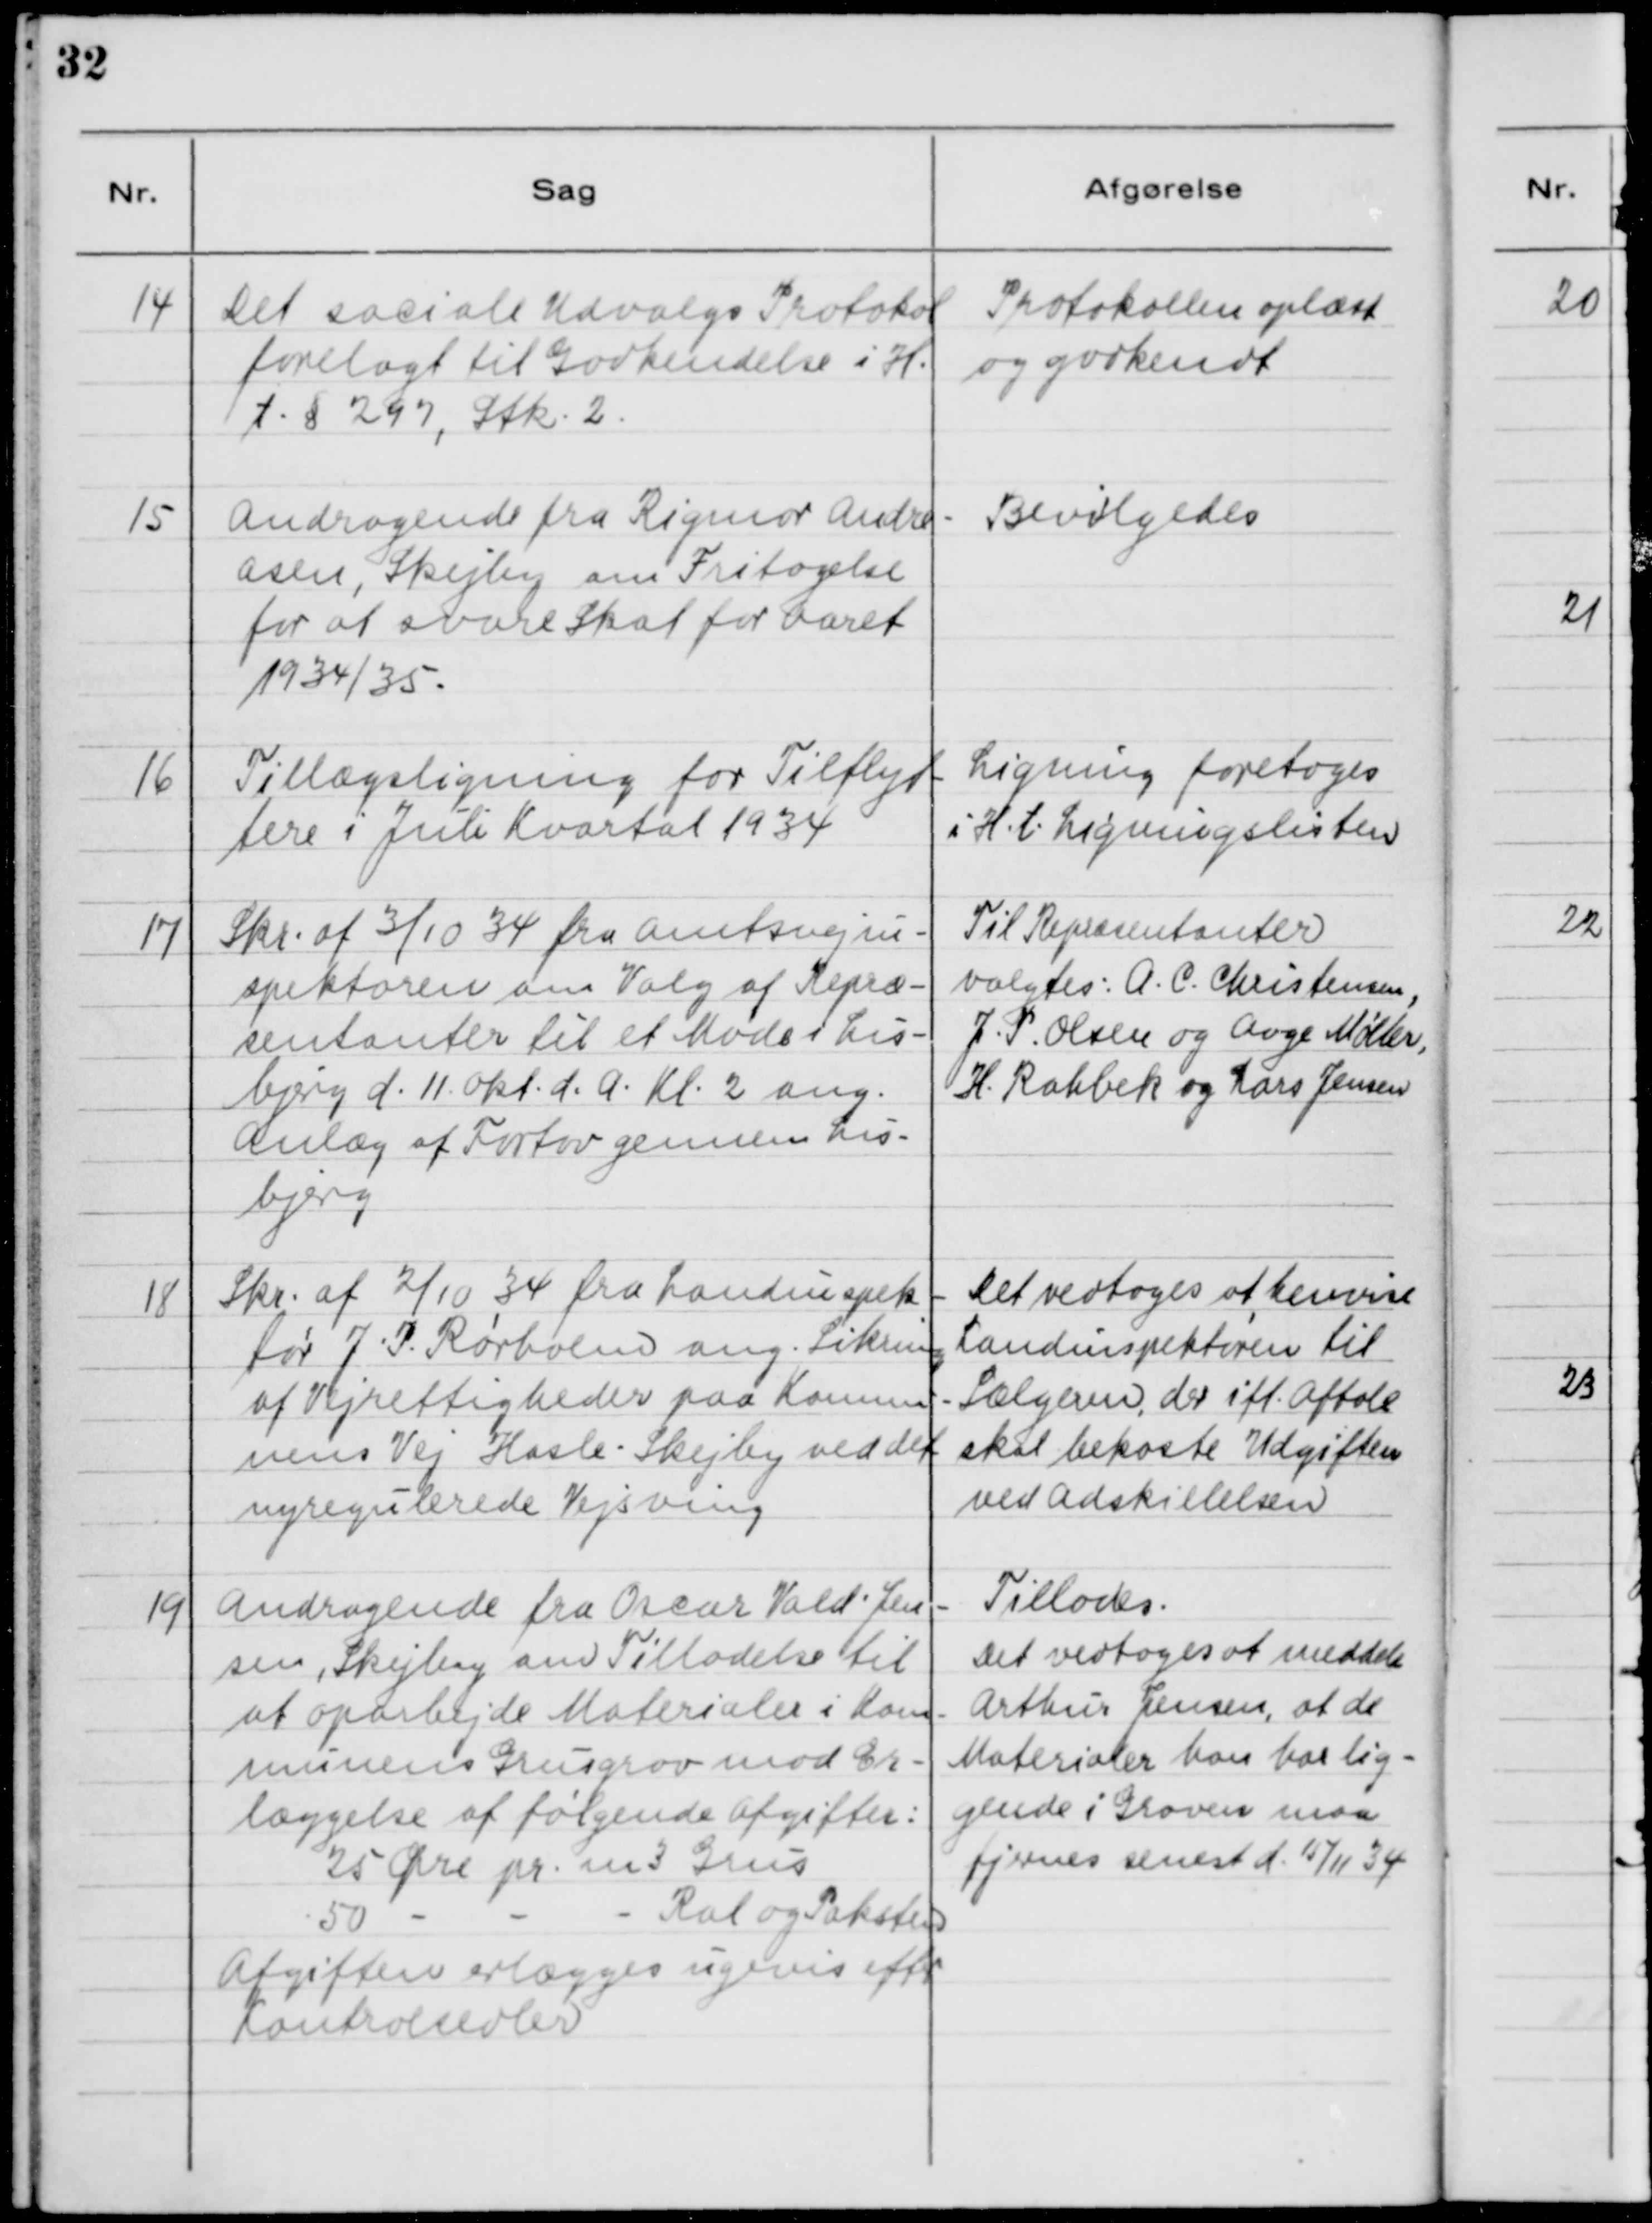
Transskription:
14

Det sociale Udvalgs Protokol
forelagt til Godkendelse i h.
t. § 297, Stk. 2.

Protokollen oplæst
og godkendt

15

Andragende fra Rigmor Andre-
asen, Skejby om Fritagelse
for at svare Skat for Aaret
1934/35.

Bevilgedes

16

Tillægsligning for Tilflyt-
tere i Juli Kvartal 1934

Ligning foretages
i H.t. Ligningslisten

17

Skr. af 3/10 34 fra Amtsvejin-
spektorerne om Valg af Repræ-
sentanter til et Møde i Lis-
bjerg d. 11. Okt. d.A. Kl. 2 ang.
Anlæg af Fortov gennem Lis-
bjerg.

Til Repræsentanter
valgtes: A. C. Christensen,
J. P. Olsen og Aage Møller,
H. Rahbek og Lars Jensen

18

Skr. af 2/10 34 fra Landinspek-
tør J. P. Rørholm ang. Sikring
af Vejrettigheder paa Kommu-
nens Vej Hasle - Skejby ved det
nyregulerede Vejsving.

Det vedtoges at henvise
Landinspektøren til
Sælgeren, der ifl. Aftale
skal bekoste Udgiften
ved Adskillelsen.

19

Andragende fra Oscar Vald. Jen-
sen, Skejby om Tilladelse til
at oparbejde Materialer i Kom-
munens Grusgrav mod Er-
læggelse af følgende Afgifter:
25 Øre pr. m3 Grus
50
-
-
-
Ral og Paksten
Afgiften erlægges ugevis efter
Kontrolsedler.

Tillades.
Det vedtoges at meddele
Arthur Jensen, at de
Materialer han har lig-
gende i Graven maa
fjernes senest d. 15/11 34